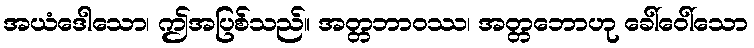
အယံဒေါသော၊ ဤအပြစ်သည်။ အတ္တဘာဝဿ၊ အတ္တဘောဟု ခေါ်ဝေါ်သော